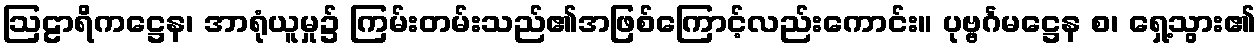
ဩဠာရိကဋ္ဌေန၊ အာရုံယူမှု၌ ကြမ်းတမ်းသည်၏အဖြစ်ကြောင့်လည်းကောင်း။ ပုဗ္ဗင်္ဂမဋ္ဌေန စ၊ ရှေ့သွား၏